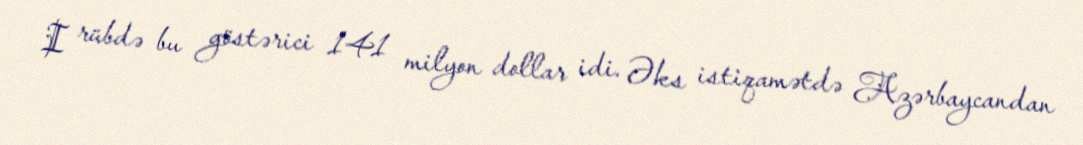
I rübdə bu göstərici 141 milyon dollar idi. Əks istiqamətdə Azərbaycandan